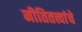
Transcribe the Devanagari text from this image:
नीतितत्त्वांचे